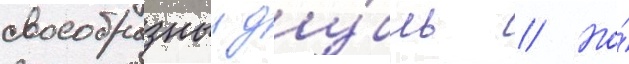
своеобразныи ду́бль // Но́